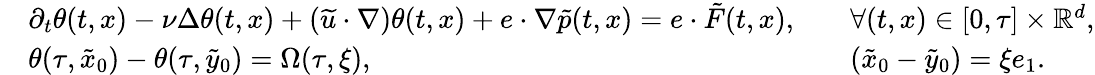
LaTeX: \begin{array}{rlrl}&{\partial_{t}\theta(t,x)-\nu\Delta\theta(t,x)+(\widetilde u\cdot\nabla)\theta(t,x)+e\cdot\nabla\tilde{p}(t,x)=e\cdot\tilde{F}(t,x),}&&{\forall(t,x)\in[0,\tau]\times\mathbb{R}^{d},}\\ &{\theta(\tau,\tilde{x}_{0})-\theta(\tau,\tilde{y}_{0})=\Omega(\tau,\xi),}&&{(\tilde{x}_{0}-\tilde{y}_{0})=\xi e_{1}.}\end{array}